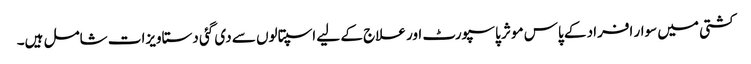
کشتی میں سوار افراد کے پاس موثر پاسپورٹ اور علاج کے لیے اسپتالوں سے دی گئی دستاویزات شامل ہیں۔